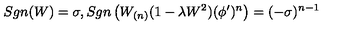
S g n ( W ) = \sigma , S g n \left( W _ { ( n ) } ( 1 - \lambda W ^ { 2 } ) ( \phi ^ { \prime } ) ^ { n } \right) = ( - \sigma ) ^ { n - 1 }